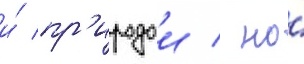
и́ пр'иродои / но́